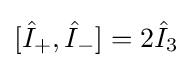
[{\hat {I}}_{+},{\hat {I}}_{-}]=2{\hat {I}}_{3}